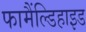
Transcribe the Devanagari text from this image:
फामैंल्डिहाइड